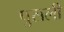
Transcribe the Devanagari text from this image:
पुसली